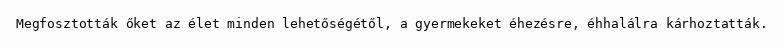
Megfosztották őket az élet minden lehetőségétől, a gyermekeket éhezésre, éhhalálra kárhoztatták.